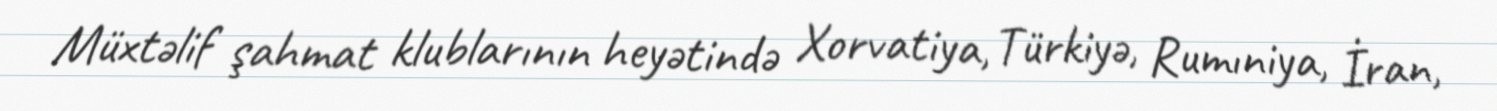
Müxtəlif şahmat klublarının heyətində Xorvatiya, Türkiyə, Rumıniya, İran,